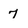
Character: 7